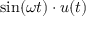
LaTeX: \sin ( \omega t ) \cdot u ( t )